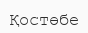
Қостөбе